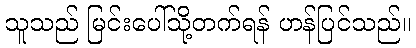
သူသည် မြင်းပေါ်သို့တက်ရန် ဟန်ပြင်သည်။